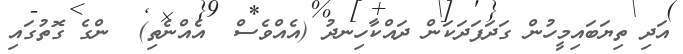
އަދި ތިޔަބައިމީހުން ގަދަފަދަކަން ދައްކާހިނދު (އެއްވެސް  އެއްނެތި)  ންގެ ގޮތުގައި